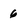
Character: 6